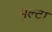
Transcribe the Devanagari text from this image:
मुल्टा